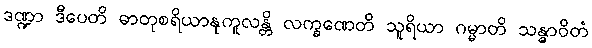
ဒဏ္ဍာ ဒီပေတိ ဓာတုစရိယာနုကူလန္တိ လက္ခဏေတိ သူရိယာ ဂမ္မာတိ သန္ဓာဝိတံ